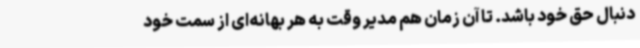
دنبال حق خود باشد. تا آن زمان هم مدیر وقت به هر بهانه‌ای از سمت خود